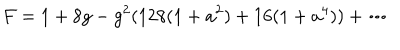
LaTeX: F = 1 + 8 g - g ^ { 2 } ( 1 2 8 ( 1 + a ^ { 2 } ) + 1 6 ( 1 + a ^ { 4 } ) ) + \cdots